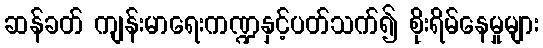
ဆန်ခတ် ကျန်းမာရေးကဏ္ဍနှင့်ပတ်သက်၍ စိုးရိမ်နေမှုများ